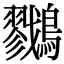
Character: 𪇯